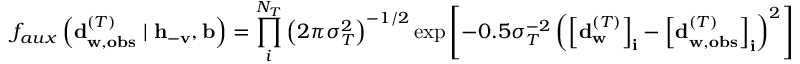
f _ { a u x } \left( \mathbf { d } _ { \mathbf { w } , \mathbf { o b s } } ^ { ( T ) } \mid \mathbf { h } _ { - \mathbf { v } } , \mathbf { b } \right) = \prod _ { i } ^ { N _ { T } } { \left( 2 \pi \sigma _ { T } ^ { 2 } \right) ^ { - 1 / 2 } \exp { \left[ - 0 . 5 \sigma _ { T } ^ { - 2 } \left( \left[ \mathbf { d } _ { \mathbf { w } } ^ { ( T ) } \right] _ { \mathbf { i } } - \left[ \mathbf { d } _ { \mathbf { w } , \mathbf { o b s } } ^ { ( T ) } \right] _ { \mathbf { i } } \right) ^ { 2 } \right] } }